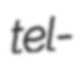
tel-